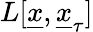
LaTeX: L[\underline{{x}},\underline{{x}}_{\tau}]